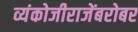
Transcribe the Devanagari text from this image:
व्यंकोजीराजेंबरोबर